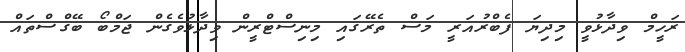
ރަހީމް ވިދާޅުވީ މިދިޔަ ފެބްރުއަރީ މަސް ތެރޭގައި މިނިސްޓްރީން ވިދާޅުވެގެން ޖަމްބޯ ބޭގްސްތައް